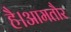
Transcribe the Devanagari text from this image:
है।आमतौर